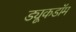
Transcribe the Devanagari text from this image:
ड्यूकडॉम